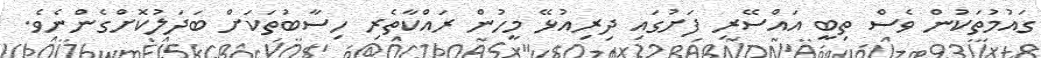
ގައުމުތަކުން ވެސް ތިބީ އައްސޭރި ފަށުގައި ދިރިއުޅޭ މީހުން ރައްކާތެރި ހިސާބުތަކަށް ބަދަލުކޮށްގެންނެވެ.